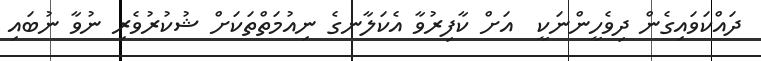
ދައްކަވައިގެން ދިވެހީންނަކީ  އަށް ކާފިރުވާ އެކަލާނގެ ނިއުމަތްތަކަށް ޝުކުރުވެރި ނުވާ ނުބައި